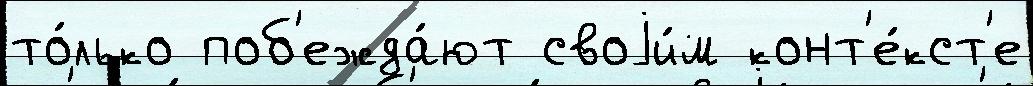
то́лько поб'ежда́ют своjи́м конт'е́кст'е